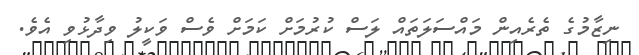
ނިޒާމުގެ ތެރެއިން މައްސަލަތައް ލަސް ކުރުމަށް ކަމަށް ވެސް ވަކީލު ވިދާޅުވި އެވެ.